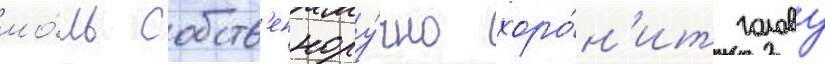
мо́ль собств'еннору́чно хоро́н'ит голову